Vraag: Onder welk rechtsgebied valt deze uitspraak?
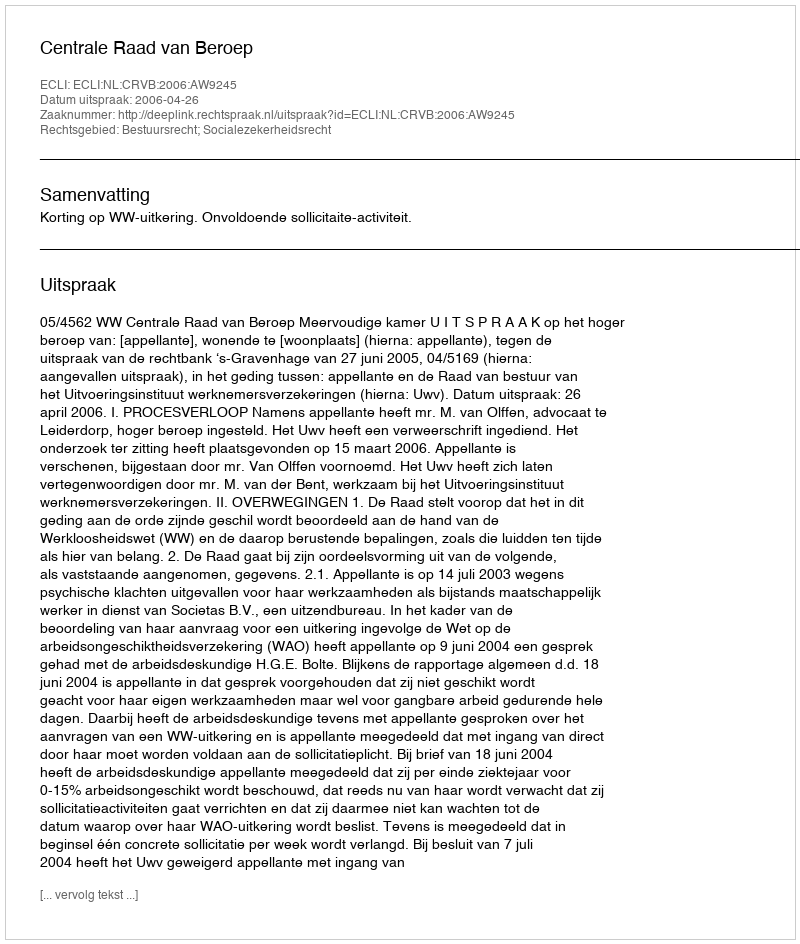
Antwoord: Bestuursrecht; Socialezekerheidsrecht